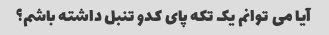
آیا می توانم یک تکه پای کدو تنبل داشته باشم؟